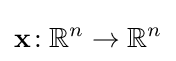
\mathbf {x} \!:\mathbb {R} ^{n}\to \mathbb {R} ^{n}